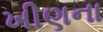
ખીણના